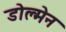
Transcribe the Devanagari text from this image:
डोल्मेन